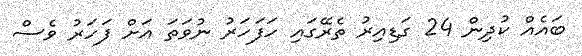
ބައެއް ކުދިން 24 ގަޑިއިރު ތެރޭގައި ހަފަހަރު ނުވަތަ އަށް ފަހަރު ވެސް